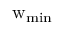
\mathrm { w } _ { \mathrm { m i n } }